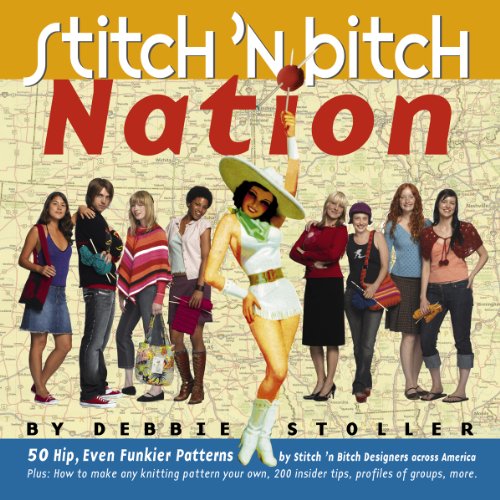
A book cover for Stitch 'n Bitch Nation; Debbie Stoller; Crafts, Hobbies & Home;